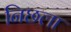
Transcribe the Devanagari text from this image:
निछला